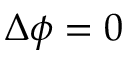
\Delta \phi = 0